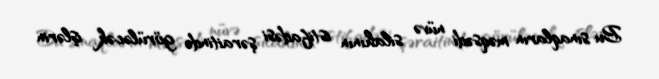
Bu sınaqların məqsədi nüvə silahının istifadəsi şəraitində görüləcək işlərin